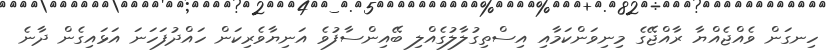
ހިނގަން ވެއްޖެއްޔާ ރާއްޖޭގެ މިނިވަންކަމާއި އިސްތިގުލާލުގެއްލި ބޭއިންސާފުވެ އަނިޔާވެރިކަން ހައްދުފަހަނަ އަޅައިގެން ދާނެ